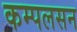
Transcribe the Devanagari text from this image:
कम्पलसन